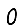
Digit: 0